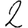
Digit: 2